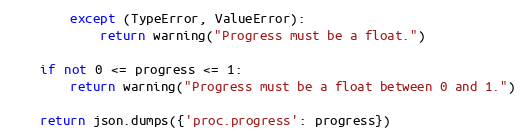
Language: Python
        except (TypeError, ValueError):
            return warning("Progress must be a float.")

    if not 0 <= progress <= 1:
        return warning("Progress must be a float between 0 and 1.")

    return json.dumps({'proc.progress': progress})